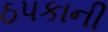
ઠપકાની